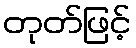
တုတ်ဖြင့်